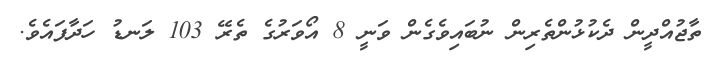
ތާޖުއްދީން ދެކުޅުންތެރިން ނުބައިވެގެން ވަނީ 8 އޯވަރުގެ ތެރޭ 103 ލަނޑު ހަދާފައެވެ.